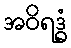
အဝိရဒ္ဓံ